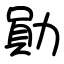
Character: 勛